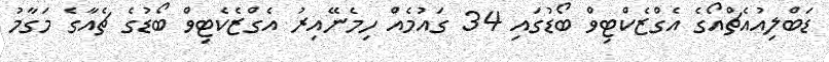
ޑަބްލިއުއެޗްއޯގެ އެގްޒެކްޓިވް ބޯޑުގައި 34 ގައުމެއް ހިމެނޭއިރު އެގްޒެކެޓިވް ބޯޑުގެ ޗެއާގެ މަގާމު